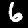
Label: 6